Annual report on the working of the lock hospitals in the North-Western Provinces and Oudh
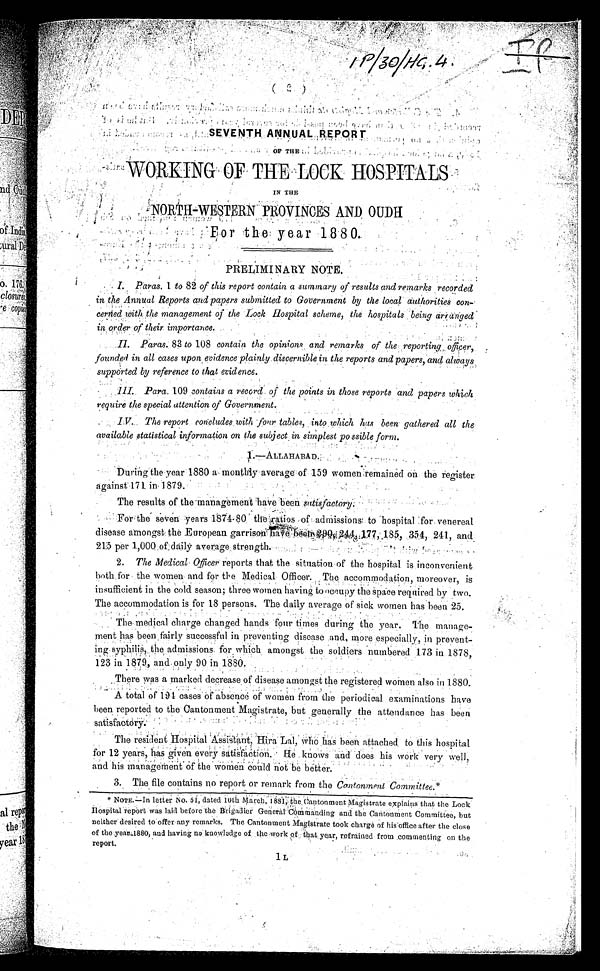
SEVENTH ANNUAL REPQRT
OF THE
WORKING OF THE LOCK HOSPITALS
IN THE
NORTH-WESTERN PROVINCES AND OUDH
For the year 1880.
PRELIMINARY NOTE.
I. Paras. 1 to 82 of this report contain a summary of results and remarks recorded
in the Annual Reports and papers submitted to Government by the local authorities con-
cerried with the management of the Lock Hospital scheme, the hospitals being arranged
in,order of their importance.
Paras. 83 to 108 contain the opinions and remarks of the, reporting officer,
founded in all cases upon evidence plainly discernible in the reports and papers, and always
supported by reference to that evidence.
III. Para. 109 contains a record ,of the points in those reports and papers which
require the special attention of Government.
IV. The report concludes with four tables, into which has been gathered all the
available statistical information on the subject in simplest possible form.
1. —ALLAHABAD.
During the year 1880 a monthly average of 15·9 women remained on the register
against 17l in 1879.
The results of the management have been satisfactory.
For the seven years 1874·50 the ratios of admissions to hospital for venereal
disease amongst the European garrison have been 290,244,177,185,354, 241, and
215 per 1,000 of daily average strength.
2. The Medical Officer reports that the situation of the hospital is inconvenient
both for the women and for the Medical Officer. The accommodation, moreover, is
insufficient in the bold season; three women having to occupy the space required by two.
The accommodation is for 18 persons. The daily average of sick women has been 25.
The medical charge changed hands four times during the year. The manage-
ment has been fairly successful in preventing disease and, more especially, in prevent-
ing syphilis,. the admissions for which amongst the soldiers numbered 173 in 1878,
123 in 1879, and.,only 90 in 1880.
There was a marked decrease of disease amongst the registered women also in 1880.
A total of 194 cases of absence of women from the periodical examinations have
been reported to the Cantonment Magistrate, but generally the attendance has been
satisfactory.
The resident Hospital Assistant, Hira.Lal, who has been attached to this hospital
for 12 years, has given every satisfaction. He knows and does his work very well,
and his management of the women could not be better.
•
3. The file contains no report or remark from the Cantonment Committee.*
NOTE.—In letter No. 51, dated 10th March, 1881, the Cantonment Magistrate explains that the Lock
Hospi t al report was l ai d before t he Bri gadi er General Commandi ng and t he Cant onment Commi t t ee, but
neither desired to offer any remarks. The Cantonment Magistrate took charge of his office after the close
of the..year 1880, and having no knowledge of the work of. that year, refrained from commenting on the
•
1L